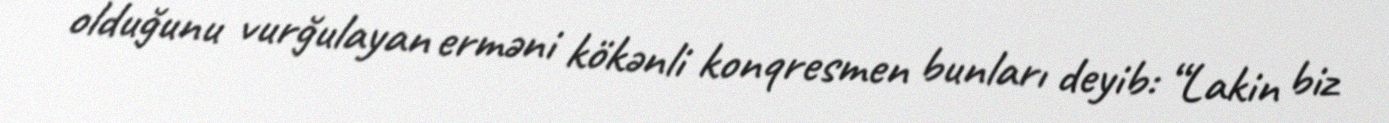
olduğunu vurğulayan erməni kökənli konqresmen bunları deyib: “Lakin biz